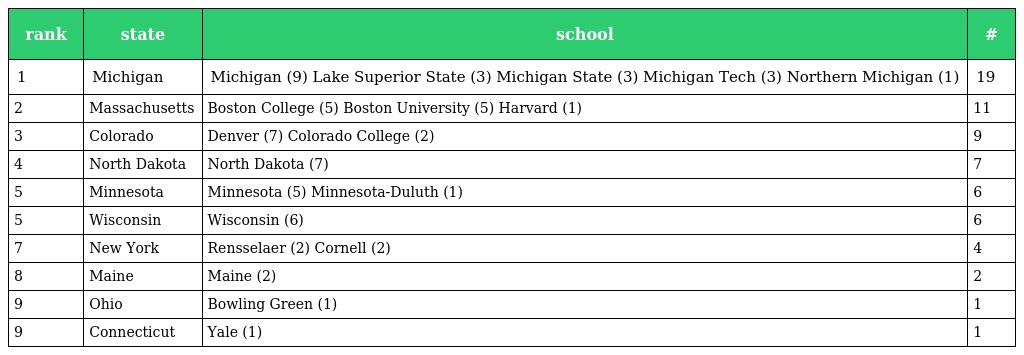
| rank | state | school | # |
 | --- | --- | --- | --- |
 | 1 | Michigan | Michigan (9) Lake Superior State (3) Michigan State (3) Michigan Tech (3) Northern Michigan (1) | 19 |
 | 2 | Massachusetts | Boston College (5) Boston University (5) Harvard (1) | 11 |
 | 3 | Colorado | Denver (7) Colorado College (2) | 9 |
 | 4 | North Dakota | North Dakota (7) | 7 |
 | 5 | Minnesota | Minnesota (5) Minnesota-Duluth (1) | 6 |
 | 5 | Wisconsin | Wisconsin (6) | 6 |
 | 7 | New York | Rensselaer (2) Cornell (2) | 4 |
 | 8 | Maine | Maine (2) | 2 |
 | 9 | Ohio | Bowling Green (1) | 1 |
 | 9 | Connecticut | Yale (1) | 1 |